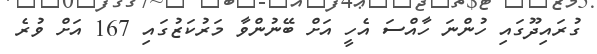
ގުރައިދޫގައި ހުންނަ ހާއްސަ އެހީ އަށް ބޭނުންވާ މަރުކަޒުގައި 167 އަށް ވުރެ